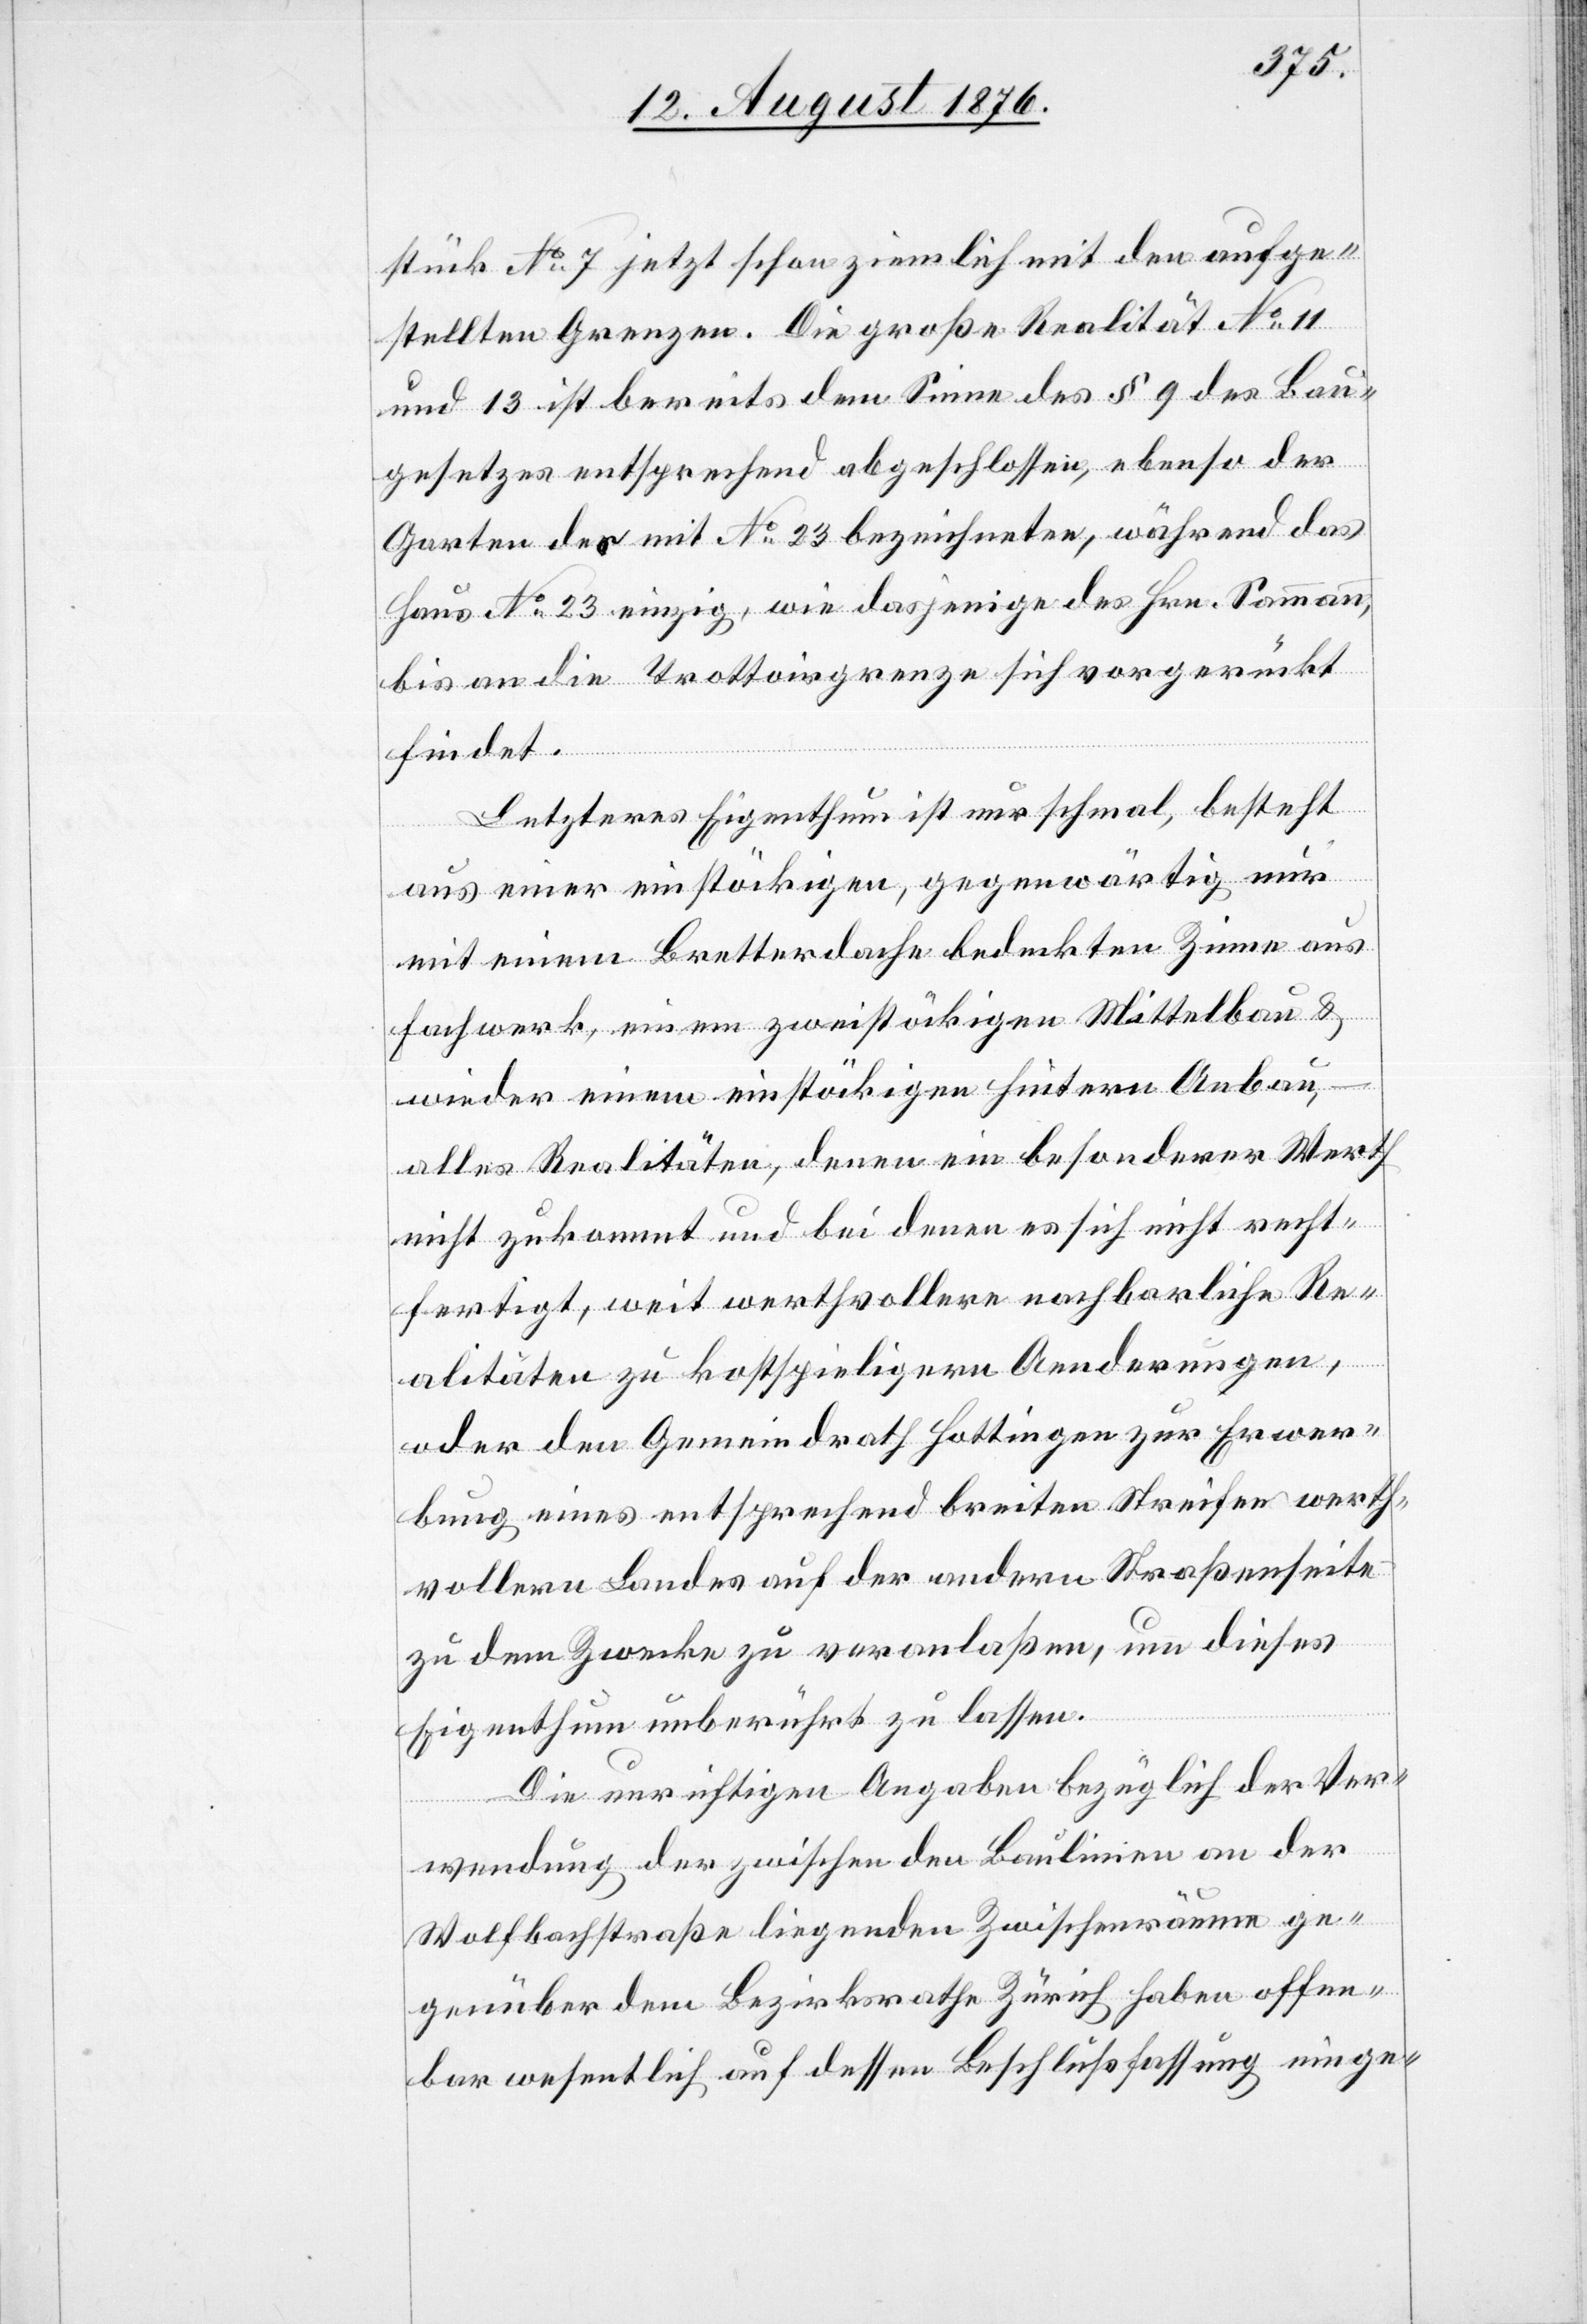
stück No 7 jetzt schon ziemlich mit den aufge¬
stellten Grenzen [überein]. Die große Realität No 11
und 13 ist bereits dem Sinne des § 9 des Bau¬
gesetzes entsprechend abgeschlossen, ebenso der
Garten des mit No 23 bezeichneten, während das
Haus No 23 einzig, wie dasjenige des Hrn. Sammann,
bis an die Trottoirgrenze sich vorgerückt
findet.
Letzteres Eigenthum ist nur schmal, besteht
aus einer einstöckigen, gegenwärtig nur
mit einem Bretterdache bedeckten Zinne aus
Fachwerk, einem zweistöckigen Mittelbau &
wieder einem einstöckigen hintern Anbau,
alles Realitäten, denen ein besonderer Werth
nicht zukommt und bei denen es sich nicht recht¬
fertigt, weit werthvollere nachbarliche Re¬
alitäten zu kostspieligern Aenderungen,
oder den Gemeindrath Hottingen zur Erwer¬
bung eines entsprechend breiten streifen werth¬
vollern Landes auf der andern Straßenseite
zu dem Zwecke zu veranlaßen, um dieses
Eigenthum unberührt zu lassen.
Die unrichtigen Angaben bezüglich der Ver¬
wendung der zwischen den Baulinien an der
Wolfbachstraße liegenden Zwischenräume ge¬
genüber dem Bezirksrathe Zürich haben offen¬
bar wesentlich auf dessen Beschlußfassung einge-